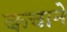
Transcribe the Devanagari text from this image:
कचाने